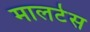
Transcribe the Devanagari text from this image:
मालटेस